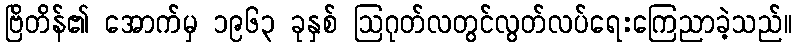
ဗြိတိန်၏ အောက်မှ ၁၉၆၃ ခုနှစ် ဩဂုတ်လတွင်လွတ်လပ်ရေးကြေညာခဲ့သည်။